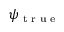
\psi _ { \textrm { t r u e } }